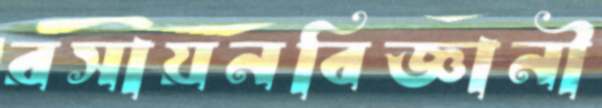
রসায়নবিজ্ঞানী